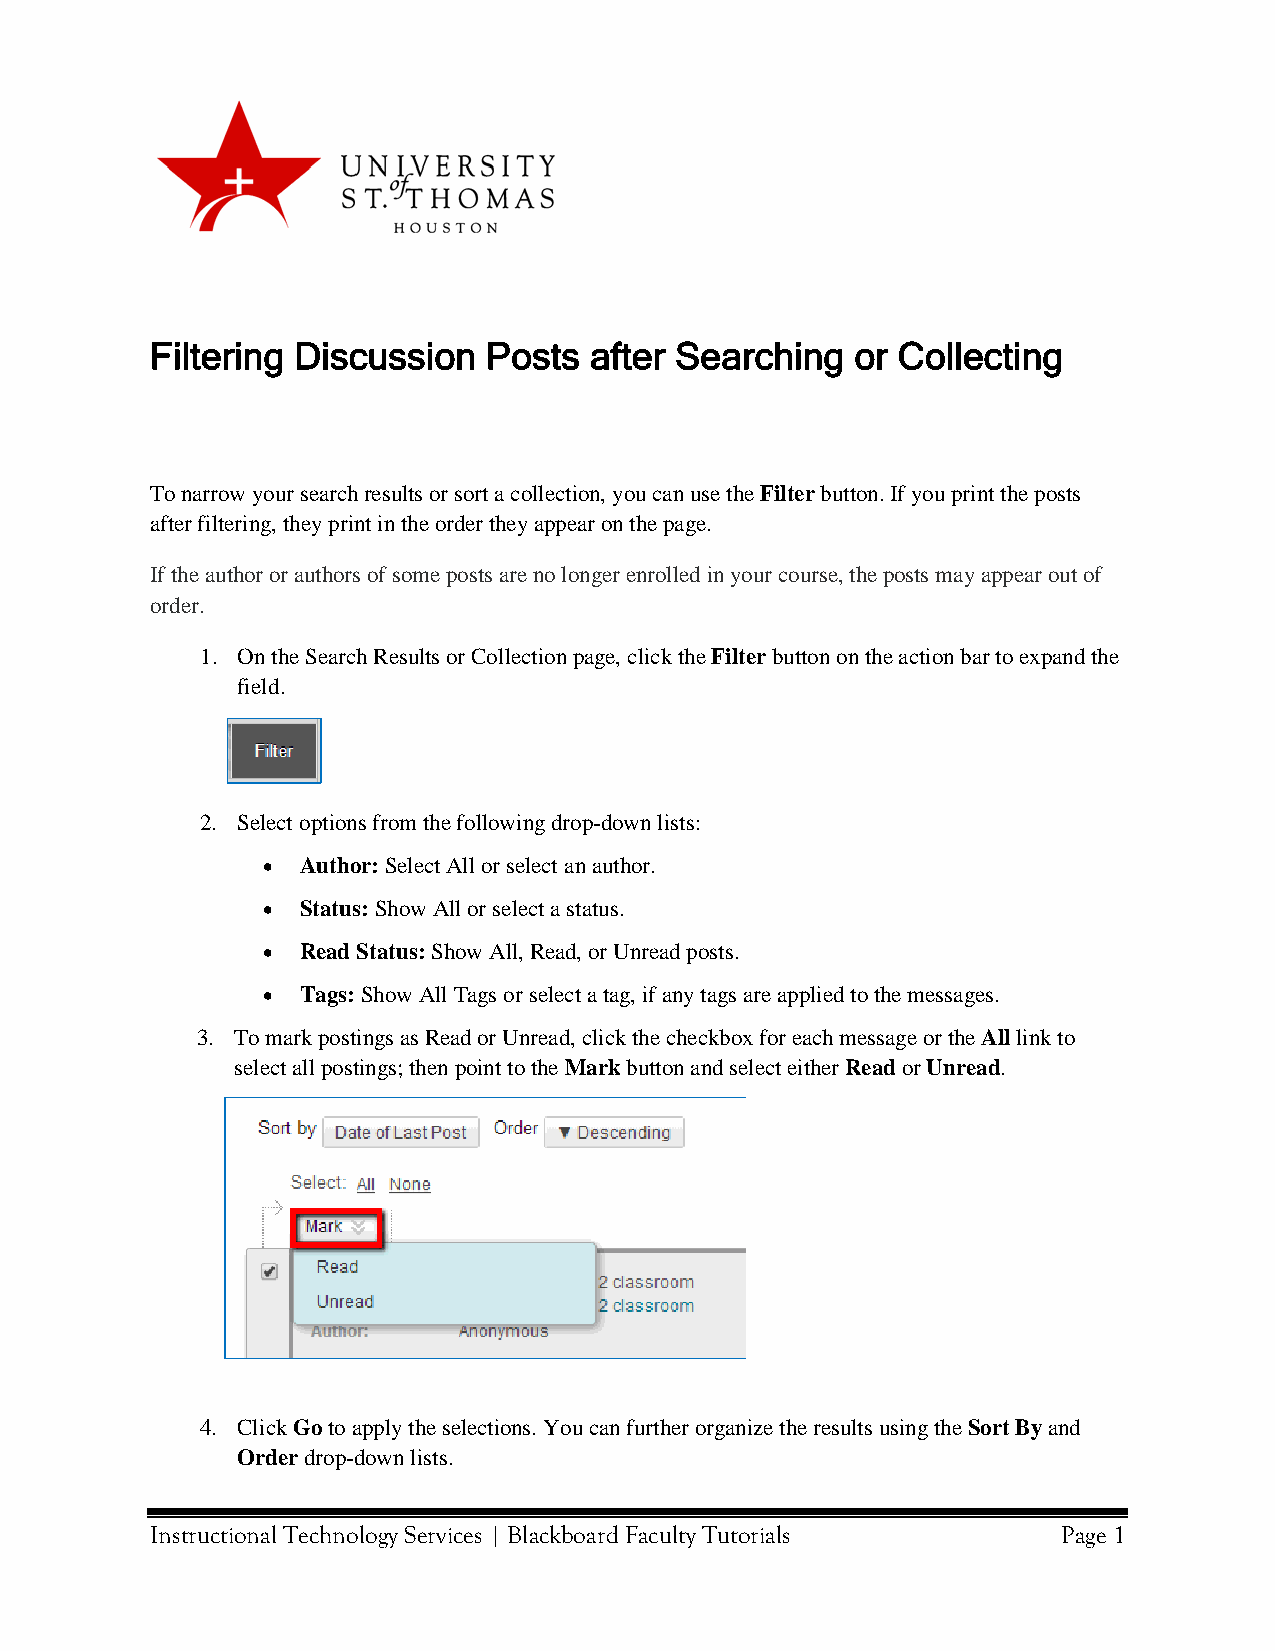
Filtering Discussion  Posts  after Searching   or Collecting
 To narrow your search results or sort a collection, you can use the Filter button. If you print the posts
 after filtering, they print in the order they appear on the page.
 If the author or authors of some posts are no longer enrolled in your course, the posts may appear out of
 order.
 1. On the Search Results or Collection page, click the Filter button on the action bar to expand the
 field.
 2. Select options from the following drop-down lists:
 •  Author: Select All or select an author.
 •  Status: Show All or select a status.
 •  Read Status: Show All, Read, or Unread posts.
 •  Tags: Show All Tags or select a tag, if any tags are applied to the messages.
 3. To mark postings as Read or Unread, click the checkbox for each message or the All link to
 select all postings; then point to the Mark button and select either Read or Unread.
 4. Click Go to apply the selections. You can further organize the results using the Sort By and
 Order drop-down lists.
 Instructional Technology Services | Blackboard Faculty Tutorials Page 1